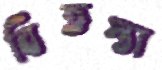
বিতস্তা